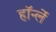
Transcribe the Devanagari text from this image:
हॉर्न्ले